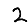
Digit: 2